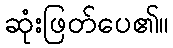
ဆုံးဖြတ်ပေ၏။